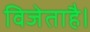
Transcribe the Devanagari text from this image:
विजेताहै।